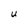
Character: U